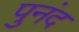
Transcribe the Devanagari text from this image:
पुनंद